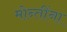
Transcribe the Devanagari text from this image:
मोन्तींना